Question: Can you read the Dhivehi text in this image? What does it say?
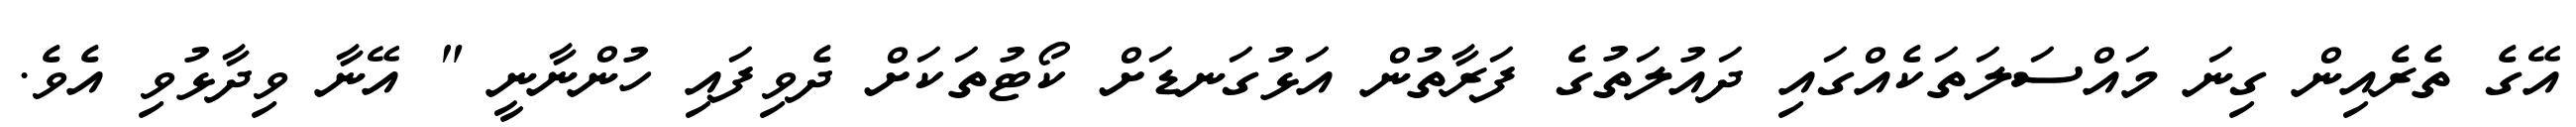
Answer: އޭގެ ތެރެއިން ގިނަ މައްސަލަތަކެއްގައި ދައުލަތުގެ ފަރާތުން އަޅުގަނޑަށް ކޯޓުތަކަށް ދެވިފައި ހުންނާނީ " އޭނާ ވިދާޅުވި އެވެ.